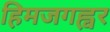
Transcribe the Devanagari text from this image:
हिमजगह्वर